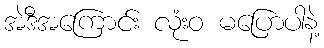
အဲဒီအကြောင်း လုံးဝ မပြောပါနဲ့